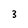
Character: 3